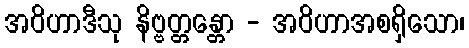
အဝိဟာဒီသု နိဗ္ဗတ္တန္တော - အဝိဟာအစရှိသော၊